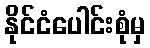
နိုင်ငံပေါင်းစုံမှ